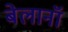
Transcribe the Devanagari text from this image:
बेलानॉ